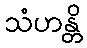
သံဟန္တိ